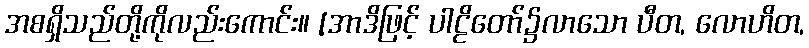
အစရှိသည်တို့ကိုလည်းကောင်း။ [အာဒိဖြင့် ပါဠိတော်၌လာသော ပီတ, လောဟိတ,